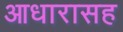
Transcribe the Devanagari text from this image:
आधारासह